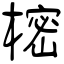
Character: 樒